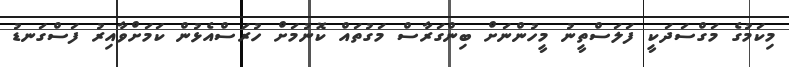
މިކަމުގެ މަގްސަދަކީ ފަލަސްތީނު މީހުންނަށް ބިންގަރާސް މަގުތައް ކޮނުމަށް ހުރަސްއެޅުން ކަމަށްވާއިރު ފަސްގަނޑު